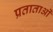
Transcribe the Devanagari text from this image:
प्रताताओं